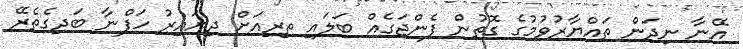
އޭނާ ނިދަން ތައްޔާރުވުމުގެ ގޮތުން ފެންޖަގެއް ބަލައި ތިރިއަށް ދިޔައިރު ހަފްނާ ބަދިގެތެރޭ